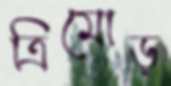
ত্রিমোড়